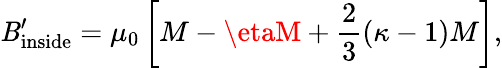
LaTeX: \mathit{B}_{\mathrm{{inside}}}^{\prime}=\mu_{0}\left[M-\etaM+{\frac{{2}}{{3}}}(\kappa-1)M\right],